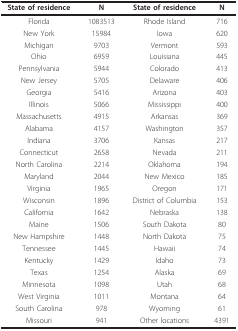
<table><thead><tr><td><b>State of residence</b></td><td><b>N</b></td><td><b>State of residence</b></td><td><b>N</b></td></tr></thead><tbody><tr><td>Florida</td><td>1083513</td><td>Rhode Island</td><td>716</td></tr><tr><td>New York</td><td>15984</td><td>Iowa</td><td>620</td></tr><tr><td>Michigan</td><td>9703</td><td>Vermont</td><td>593</td></tr><tr><td>Ohio</td><td>6959</td><td>Louisiana</td><td>445</td></tr><tr><td>Pennsylvania</td><td>5944</td><td>Colorado</td><td>413</td></tr><tr><td>New Jersey</td><td>5705</td><td>Delaware</td><td>406</td></tr><tr><td>Georgia</td><td>5416</td><td>Arizona</td><td>403</td></tr><tr><td>Illinois</td><td>5066</td><td>Mississippi</td><td>400</td></tr><tr><td>Massachusetts</td><td>4915</td><td>Arkansas</td><td>369</td></tr><tr><td>Alabama</td><td>4157</td><td>Washington</td><td>357</td></tr><tr><td>Indiana</td><td>3706</td><td>Kansas</td><td>217</td></tr><tr><td>Connecticut</td><td>2658</td><td>Nevada</td><td>211</td></tr><tr><td>North Carolina</td><td>2214</td><td>Oklahoma</td><td>194</td></tr><tr><td>Maryland</td><td>2044</td><td>New Mexico</td><td>185</td></tr><tr><td>Virginia</td><td>1965</td><td>Oregon</td><td>171</td></tr><tr><td>Wisconsin</td><td>1896</td><td>District of Columbia</td><td>153</td></tr><tr><td>California</td><td>1642</td><td>Nebraska</td><td>138</td></tr><tr><td>Maine</td><td>1506</td><td>South Dakota</td><td>80</td></tr><tr><td>New Hampshire</td><td>1448</td><td>North Dakota</td><td>75</td></tr><tr><td>Tennessee</td><td>1445</td><td>Hawaii</td><td>74</td></tr><tr><td>Kentucky</td><td>1429</td><td>Idaho</td><td>73</td></tr><tr><td>Texas</td><td>1254</td><td>Alaska</td><td>69</td></tr><tr><td>Minnesota</td><td>1098</td><td>Utah</td><td>68</td></tr><tr><td>West Virginia</td><td>1011</td><td>Montana</td><td>64</td></tr><tr><td>South Carolina</td><td>978</td><td>Wyoming</td><td>61</td></tr><tr><td>Missouri</td><td>941</td><td>Other locations</td><td>4391</td></tr></tbody></table>